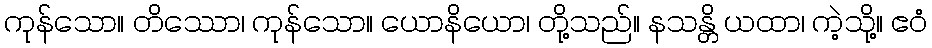
ကုန်သော။ တိဿော၊ ကုန်သော။ ယောနိယော၊ တို့သည်။ နသန္တိ ယထာ၊ ကဲ့သို့။ ဧဝံ